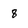
Character: 8